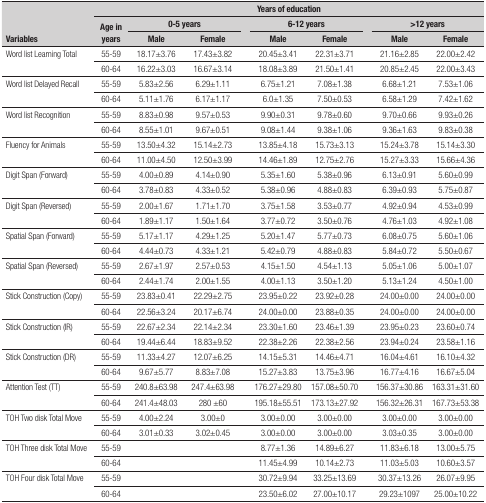
<table><thead><tr><td rowspan="3"><b>Variables</b></td><td colspan="9"><b>Years of education</b></td></tr><tr><td rowspan="2"><b>Age in years</b></td><td colspan="2"><b>0-5 years</b></td><td><b> </b></td><td colspan="2"><b>6-12 years</b></td><td><b> </b></td><td colspan="2"><b>&gt;12 years</b></td></tr><tr><td><b>Male </b></td><td><b>Female </b></td><td><b> </b></td><td><b>Male </b></td><td><b>Female </b></td><td><b> </b></td><td><b>Male </b></td><td><b>Female </b></td></tr></thead><tbody><tr><td rowspan="2">Word list Learning Total</td><td>55-59</td><td>18.17±3.76</td><td>17.43±3.82</td><td> </td><td>20.45±3.41</td><td>22.31±3.71</td><td> </td><td>21.16±2.85</td><td>22.00±2.42</td></tr><tr><td>60-64</td><td>16.22±3.03</td><td>16.67±3.14</td><td> </td><td>18.08±3.89</td><td>21.50±1.41</td><td> </td><td>20.85±2.45</td><td>22.00±3.43</td></tr><tr><td rowspan="2">Word list Delayed Recall</td><td>55-59</td><td>5.83±2.56</td><td>6.29±1.11</td><td> </td><td>6.75±1.21</td><td>7.08±1.38</td><td> </td><td>6.68±1.21</td><td>7.53±1.06</td></tr><tr><td>60-64</td><td>5.11±1.76</td><td>6.17±1.17</td><td> </td><td>6.0±1.35</td><td>7.50±0.53</td><td> </td><td>6.58±1.29</td><td>7.42±1.62</td></tr><tr><td rowspan="2">Word list Recognition</td><td>55-59</td><td>8.83±0.98</td><td>9.57±0.53</td><td> </td><td>9.90±0.31</td><td>9.78±0.60</td><td> </td><td>9.70±0.66</td><td>9.93±0.26</td></tr><tr><td>60-64</td><td>8.55±1.01</td><td>9.67±0.51</td><td> </td><td>9.08±1.44</td><td>9.38±1.06</td><td> </td><td>9.36±1.63</td><td>9.83±0.38</td></tr><tr><td rowspan="2">Fluency for Animals</td><td>55-59</td><td>13.50±4.32</td><td>15.14±2.73</td><td> </td><td>13.85±4.18</td><td>15.73±3.13</td><td> </td><td>15.24±3.78</td><td>15.14±3.30</td></tr><tr><td>60-64</td><td>11.00±4.50</td><td>12.50±3.99</td><td> </td><td>14.46±1.89</td><td>12.75±2.76</td><td> </td><td>15.27±3.33</td><td>15.66±4.36</td></tr><tr><td rowspan="2">Digit Span (Forward)</td><td>55-59</td><td>4.00±0.89</td><td>4.14±0.90</td><td> </td><td>5.35±1.60</td><td>5.38±0.96</td><td> </td><td>6.13±0.91</td><td>5.60±0.99</td></tr><tr><td>60-64</td><td>3.78±0.83</td><td>4.33±0.52</td><td> </td><td>5.38±0.96</td><td>4.88±0.83</td><td> </td><td>6.39±0.93</td><td>5.75±0.87</td></tr><tr><td rowspan="2">Digit Span (Reversed)</td><td>55-59</td><td>2.00±1.67</td><td>1.71±1.70</td><td> </td><td>3.75±1.58</td><td>3.53±0.77</td><td> </td><td>4.92±0.94</td><td>4.53±0.99</td></tr><tr><td>60-64</td><td>1.89±1.17</td><td>1.50±1.64</td><td> </td><td>3.77±0.72</td><td>3.50±0.76</td><td> </td><td>4.76±1.03</td><td>4.92±1.08</td></tr><tr><td rowspan="2">Spatial Span (Forward)</td><td>55-59</td><td>5.17±1.17</td><td>4.29±1.25</td><td> </td><td>5.20±1.47</td><td>5.77±0.73</td><td> </td><td>6.08±0.75</td><td>5.60±1.06</td></tr><tr><td>60-64</td><td>4.44±0.73</td><td>4.33±1.21</td><td> </td><td>5.42±0.79</td><td>4.88±0.83</td><td> </td><td>5.84±0.72</td><td>5.50±0.67</td></tr><tr><td rowspan="2">Spatial Span (Reversed)</td><td>55-59</td><td>2.67±1.97</td><td>2.57±0.53</td><td> </td><td>4.15±1.50</td><td>4.54±1.13</td><td> </td><td>5.05±1.06</td><td>5.00±1.07</td></tr><tr><td>60-64</td><td>2.44±1.74</td><td>2.00±1.55</td><td> </td><td>4.00±1.13</td><td>3.50±1.20</td><td> </td><td>5.13±1.24</td><td>4.50±1.00</td></tr><tr><td rowspan="2">Stick Construction (Copy)</td><td>55-59</td><td>23.83±0.41</td><td>22.29±2.75</td><td> </td><td>23.95±0.22</td><td>23.92±0.28</td><td> </td><td>24.00±0.00</td><td>24.00±0.00</td></tr><tr><td>60-64</td><td>22.56±3.24</td><td>20.17±6.74</td><td> </td><td>24.00±0.00</td><td>23.88±0.35</td><td> </td><td>24.00±0.00</td><td>24.00±0.00</td></tr><tr><td rowspan="2">Stick Construction (IR)</td><td>55-59</td><td>22.67±2.34</td><td>22.14±2.34</td><td> </td><td>23.30±1.60</td><td>23.46±1.39</td><td> </td><td>23.95±0.23</td><td>23.60±0.74</td></tr><tr><td>60-64</td><td>19.44±6.44</td><td>18.83±9.52</td><td> </td><td>22.38±2.26</td><td>22.38±2.56</td><td> </td><td>23.94±0.24</td><td>23.58±1.16</td></tr><tr><td rowspan="2">Stick Construction (DR)</td><td>55-59</td><td>11.33±4.27</td><td>12.07±6.25</td><td> </td><td>14.15±5.31</td><td>14.46±4.71</td><td> </td><td>16.04±4.61</td><td>16.10±4.32</td></tr><tr><td>60-64</td><td>9.67±5.77</td><td>8.83±7.08</td><td> </td><td>15.27±3.83</td><td>13.75±3.96</td><td> </td><td>16.77±4.16</td><td>16.67±5.04</td></tr><tr><td rowspan="2">Attention Test (TT)</td><td>55-59</td><td>240.8±63.98</td><td>247.4±63.98</td><td> </td><td>176.27±29.80</td><td>157.08±50.70</td><td> </td><td>156.37±30.86</td><td>163.31±31.60</td></tr><tr><td>60-64</td><td>241.4±48.03</td><td>280 ±60</td><td> </td><td>195.18±55.51</td><td>173.13±27.92</td><td> </td><td>156.32±26.31</td><td>167.73±53.38</td></tr><tr><td rowspan="2">TOH Two disk Total Move</td><td>55-59</td><td>4.00±2.24</td><td>3.00±0</td><td> </td><td>3.00±0.00</td><td>3.00±0.00</td><td> </td><td>3.00±0.00</td><td>3.00±0.00</td></tr><tr><td>60-64</td><td>3.01±0.33</td><td>3.02±0.45</td><td> </td><td>3.00±0.00</td><td>3.00±0.00</td><td> </td><td>3.03±0.35</td><td>3.00±0.00</td></tr><tr><td rowspan="2">TOH Three disk Total Move</td><td>55-59</td><td> </td><td> </td><td> </td><td>8.77±1.36</td><td>14.89±6.27</td><td> </td><td>11.83±6.18</td><td>13.00±5.75</td></tr><tr><td>60-64</td><td> </td><td> </td><td> </td><td>11.45±4.99</td><td>10.14±2.73</td><td> </td><td>11.03±5.03</td><td>10.60±3.57</td></tr><tr><td rowspan="2">TOH Four disk Total Move</td><td>55-59</td><td> </td><td> </td><td> </td><td>30.72±9.94</td><td>33.25±13.69</td><td> </td><td>30.37±13.26</td><td>26.07±9.95</td></tr><tr><td>60-64</td><td> </td><td> </td><td> </td><td>23.50±6.02</td><td>27.00±10.17</td><td> </td><td>29.23±1097</td><td>25.00±10.22</td></tr></tbody></table>